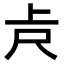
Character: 𠧛